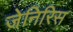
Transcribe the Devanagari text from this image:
जेनिरिस